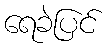
ရေခဲပြင်